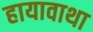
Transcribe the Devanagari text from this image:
हायावाथा